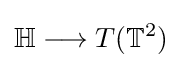
\mathbb {H} \longrightarrow T(\mathbb {T} ^{2})